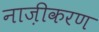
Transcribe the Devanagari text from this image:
नाज़ीकरण